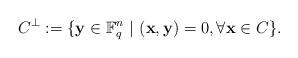
LaTeX: \begin{align*}C^{\perp} := \lbrace \mathbf{y} \in \mathbb{F}_q^n \ \vert \ (\mathbf{x},\mathbf{y})=0, \forall \mathbf{x} \in C \rbrace.\end{align*}